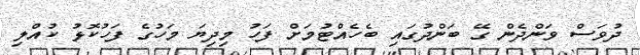
ދުވަސް ވަންދެން ގޭ ބަންދުގައި ބެހެއްޓުމަށް ފަހު މިދިޔަ މަހުގެ ފަހުކޮޅު ކުއްލި